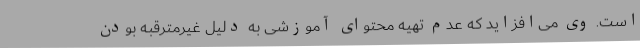
است. وی می‌افزاید که عدم تهیه محتوای آموزشی به دلیل غیرمترقبه بودن